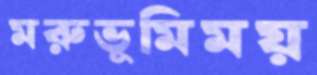
মরুভূমিময়